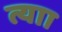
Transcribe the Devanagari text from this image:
त्याा